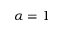
\alpha = 1